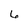
Character: 6